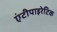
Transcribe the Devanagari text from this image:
एंटीपाइरेटिक